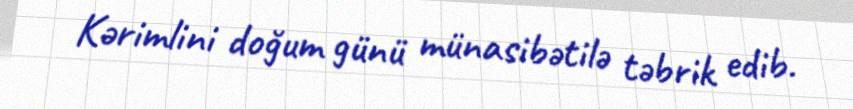
Kərimlini doğum günü münasibətilə təbrik edib.